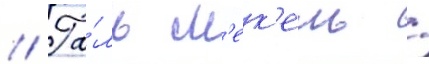
// Га́ль м'ек'ель /